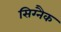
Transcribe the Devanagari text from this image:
सिग्‍नैक